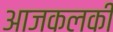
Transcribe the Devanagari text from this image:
आजकलकी